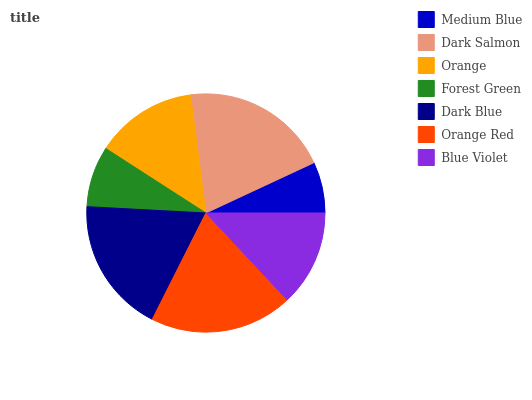
| Medium Blue | Dark Salmon | Orange | Forest Green | Dark Blue | Orange Red | Blue Violet |
 | --- | --- | --- | --- | --- | --- | --- |
 | 6.94% | 20.1% | 13.8% | 8.26% | 18.5% | 19.4% | 13% |